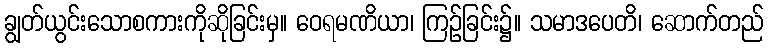
ချွတ်ယွင်းသောစကားကိုဆိုခြင်းမှ။ ဝေရမဏိယာ၊ ကြဉ်ခြင်း၌။ သမာဒပေတိ၊ ဆောက်တည်